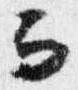
而